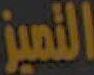
التميز